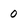
Character: 0